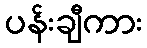
ပန်းချီကား